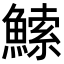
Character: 𬵠